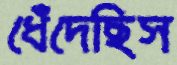
ধেঁদেছিস